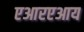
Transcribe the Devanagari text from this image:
एआरएआय